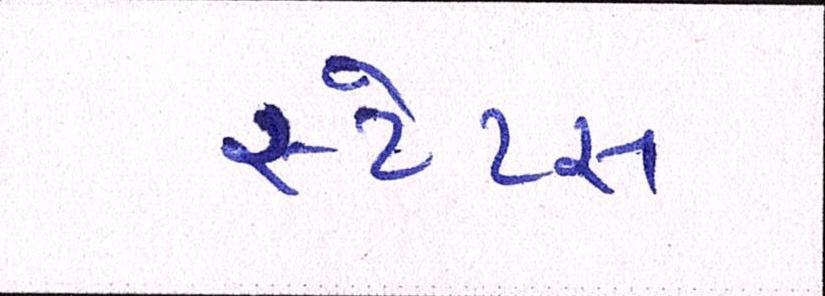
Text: સ્ટેટસ